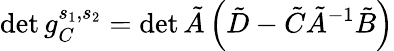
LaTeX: \operatorname*{det}g_{C}^{s_{1},s_{2}}=\operatorname*{det}\tilde{A}\left(\tilde{D}-\tilde{C}\tilde{A}^{-1}\tilde{B}\right)